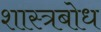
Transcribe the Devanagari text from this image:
शास्त्रबोध